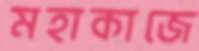
মহাকাজে